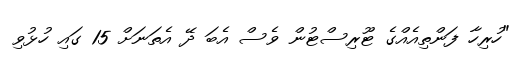
"ހުރިހާ ފަންތިއެއްގެ ޓޫރިސްޓުން ވެސް އެބަ ދޭ އެތަނަށް 15 ގައި ހުޅުވި